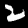
Label: 2